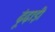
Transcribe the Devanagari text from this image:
ढ़ूंढ़ाड़ी